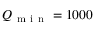
Q _ { \mathrm { ~ m ~ i ~ n ~ } } = 1 0 0 0